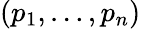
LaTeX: (p_{1},\ldots,p_{n})